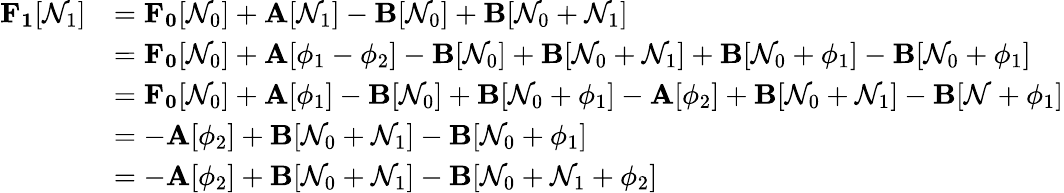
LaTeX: \begin{array}{rl}{\mathbf{F_{1}}[\mathcal{N}_{1}]}&{=\mathbf{F_{0}}[\mathcal{N}_{0}]+\mathbf{A}[\mathcal{N}_{1}]-\mathbf{B}[\mathcal{N}_{0}]+\mathbf{B}[\mathcal{N}_{0}+\mathcal{N}_{1}]}\\ &{=\mathbf{F_{0}}[\mathcal{N}_{0}]+\mathbf{A}[\phi_{1}-\phi_{2}]-\mathbf{B}[\mathcal{N}_{0}]+\mathbf{B}[\mathcal{N}_{0}+\mathcal{N}_{1}]+\mathbf{B}[\mathcal{N}_{0}+\phi_{1}]-\mathbf{B}[\mathcal{N}_{0}+\phi_{1}]}\\ &{=\mathbf{F_{0}}[\mathcal{N}_{0}]+\mathbf{A}[\phi_{1}]-\mathbf{B}[\mathcal{N}_{0}]+\mathbf{B}[\mathcal{N}_{0}+\phi_{1}]-\mathbf{A}[\phi_{2}]+\mathbf{B}[\mathcal{N}_{0}+\mathcal{N}_{1}]-\mathbf{B}[\mathcal{N}+\phi_{1}]}\\ &{=-\mathbf{A}[\phi_{2}]+\mathbf{B}[\mathcal{N}_{0}+\mathcal{N}_{1}]-\mathbf{B}[\mathcal{N}_{0}+\phi_{1}]}\\ &{=-\mathbf{A}[\phi_{2}]+\mathbf{B}[\mathcal{N}_{0}+\mathcal{N}_{1}]-\mathbf{B}[\mathcal{N}_{0}+\mathcal{N}_{1}+\phi_{2}]}\end{array}